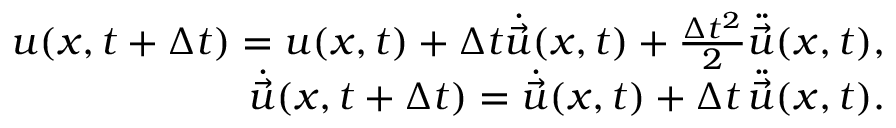
\begin{array} { r } { \boldsymbol { u } ( \boldsymbol { x } , t + \Delta { t } ) = \boldsymbol { u } ( \boldsymbol { x } , t ) + \Delta { t } \dot { \vec { u } } ( \boldsymbol { x } , t ) + \frac { \Delta { t } ^ { 2 } } { 2 } \ddot { \vec { u } } ( \boldsymbol { x } , t ) , } \\ { \dot { \vec { u } } ( \boldsymbol { x } , t + \Delta { t } ) = \dot { \vec { u } } ( \boldsymbol { x } , t ) + \Delta { t } \, \ddot { \vec { u } } ( \boldsymbol { x } , t ) . } \end{array}